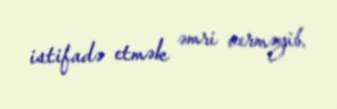
istifadə etmək əmri verməyib.